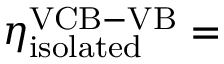
\eta _ { \mathrm { i s o l a t e d } } ^ { \mathrm { V C B - V B } } =